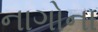
નાગોના